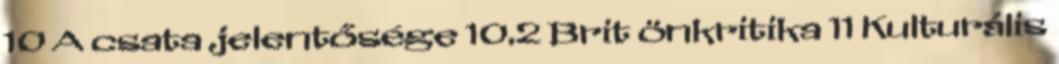
10 A csata jelentősége 10.2 Brit önkritika 11 Kulturális